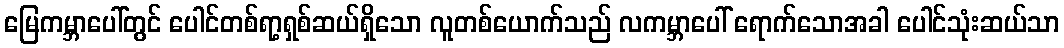
မြေကမ္ဘာပေါ်တွင် ပေါင်တစ်ရာ့ရှစ်ဆယ်ရှိသော လူတစ်ယောက်သည် လကမ္ဘာပေါ် ရောက်သောအခါ ပေါင်သုံးဆယ်သာ